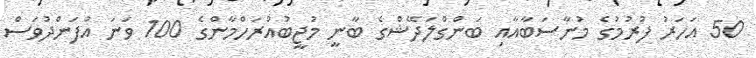
50 އަހަރު ފުރުމުގެ މުނާސަބާއާއި ބަންގްލަދޭޝްގެ ބާނީ މުޖީބުއްރަހްމާންގެ 100 ވަނަ އުފަންދުވަސް